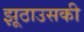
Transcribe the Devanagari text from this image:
झूठाउसकी